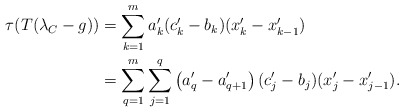
\begin{align*}\tau(T(\lambda_C - g)) &= \sum^m_{k=1} a'_k(c'_k - b_k)(x'_{k} - x'_{k-1})\\&= \sum^m_{q=1} \sum^q_{j=1} \left(a'_q - a'_{q+1} \right) (c'_j - b_j)(x'_{j} - x'_{j-1}).\end{align*}